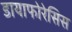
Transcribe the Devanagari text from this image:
डायाफोरेसिस